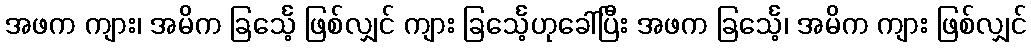
အဖက ကျား၊ အမိက ခြင်္သေ့ ဖြစ်လျှင် ကျား ခြင်္သေ့ဟုခေါ်ပြီး အဖက ခြင်္သေ့၊ အမိက ကျား ဖြစ်လျှင်